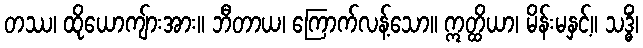
တဿ၊ ထိုယောကျ်ားအား။ ဘီတာယ၊ ကြောက်လန့်သော။ ဣတ္ထိယာ၊ မိန်းမနှင့်။ သဒ္ဓိံ၊